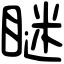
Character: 瞇